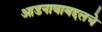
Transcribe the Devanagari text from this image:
आडनावाबद्दलचे